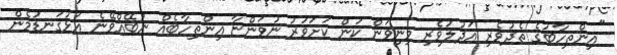
"އިންތިހާބުގެ ތެދުވެރި އަދުލުވެރި މިނިވަން ކަން ކަށަވަރު ނުވަންޏާ އިންތިހާބެއް ނުބޭއްވޭނެ އަޅުގަނޑުމެން